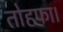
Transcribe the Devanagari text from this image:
तोहफा।